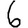
Digit: 6